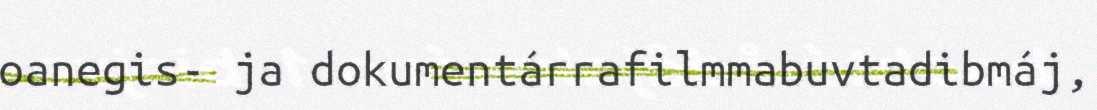
oanegis- ja dokumentárrafilmmabuvtadibmáj,